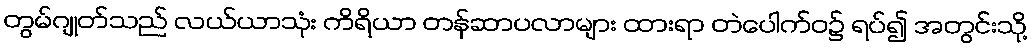
တွမ်ဂျုတ်သည် လယ်ယာသုံး ကိရိယာ တန်ဆာပလာများ ထားရာ တဲပေါက်ဝ၌ ရပ်၍ အတွင်းသို့